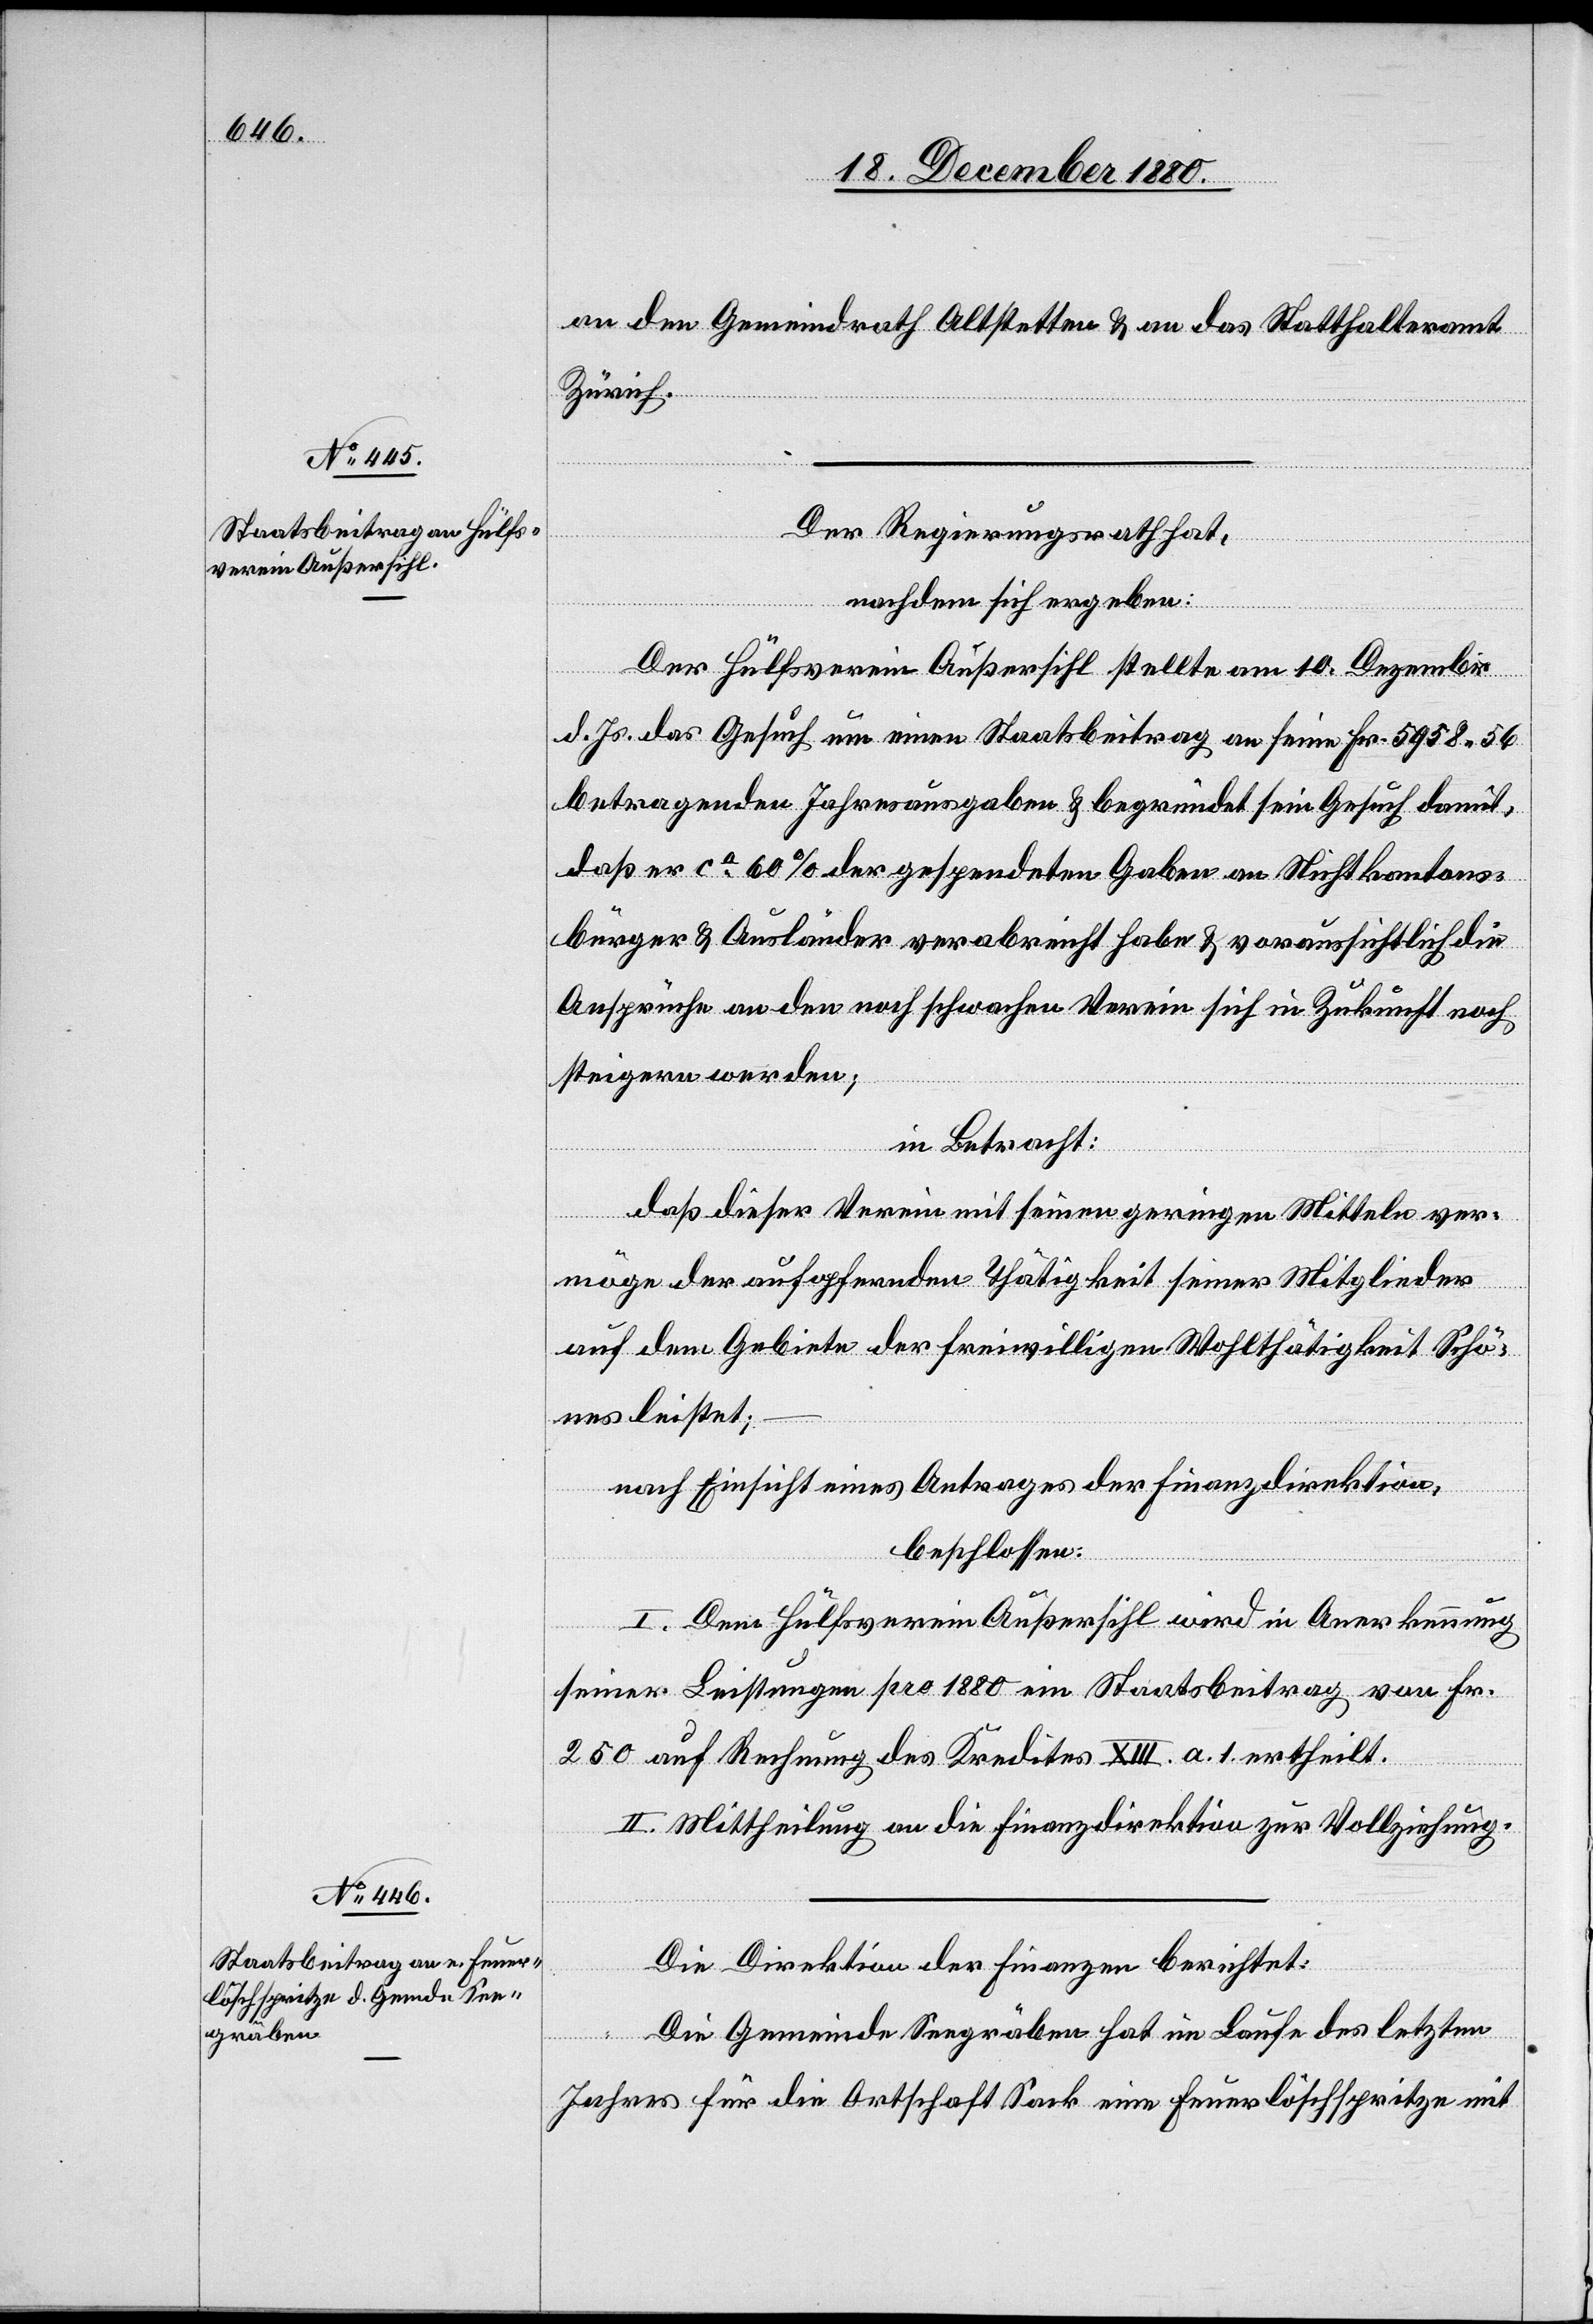
an den Gemeindrath Altstetten & an das Statthalteramt
Zürich.
Der Regierungsrath hat,
nachdem sich ergeben:
Der Hülfsverein Außersihl stellte am 10. Dezember
d. Js. das Gesuch um einen Staatsbeitrag an seine Fr. 5958 56
betragenden Jahresausgaben & begründet sein Gesuch damit,
daß er ca 60% der gespendeten Gaben an Nichtkantons¬
bürger & Ausländer verabreicht habe & voraussichtlich die
Ansprüche an den noch schwachen Verein sich in Zukunft noch
steigern werden;
in Betracht:
daß dieser Verein mit seinen geringen Mitteln ver¬
möge der aufopfernden Thätigkeit seiner Mitglieder
auf dem Gebiete der freiwilligen Wohlthätigkeit Schö¬
nes leistet;
nach Einsicht eines Antrages der Finanzdirektion,
beschlossen:
I. Dem Hülfsverein Außersihl wird in Anerkennung
seiner Leistungen pro 1880 ein Staatsbeitrag von Fr.
250 auf Rechnung des Kredites XIII. a. 1. ertheilt.
II. Mittheilung an die Finanzdirektion zur Vollziehung.
Die Direktion der Finanzen berichtet:
Die Gemeinde Seegräben hat im Laufe des letzten
Jahres für die Ortschaft Sack eine Feuerlöschspritze mit